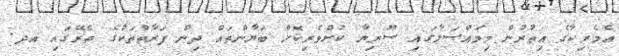
އެމެރިކާގެ އިތުރުން މިމައްސަލާގައި ސޫރިޔާ ކުށްވެރިކޮށް ބަޔާންތައް ދިން ފަރާތްތަކުގެ ތެރޭގައި އދ.